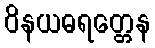
ဝိနယဓရတ္တေန